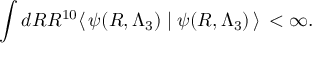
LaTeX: \int d R R ^ { 1 0 } \langle \, \psi ( R , \Lambda _ { 3 } ) \mid \psi ( R , \Lambda _ { 3 } ) \, \rangle \, < \infty .